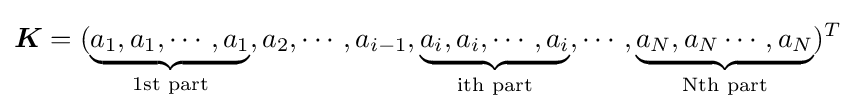
{\boldsymbol {K}}=(\underbrace {a_{1},a_{1},\cdots ,a_{1}} _{\text{1st part}},a_{2},\cdots ,a_{i-1},\underbrace {a_{i},a_{i},\cdots ,a_{i}} _{\text{ith part}},\cdots ,\underbrace {a_{N},a_{N}\cdots ,a_{N}} _{\text{Nth part}})^{T}